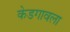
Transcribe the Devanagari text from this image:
केडगावला